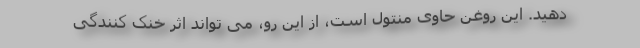
دهید. این روغن حاوی منتول است، از این رو، می تواند اثر خنک کنندگی